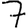
Digit: 7